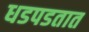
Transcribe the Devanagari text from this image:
धडपडतात